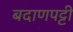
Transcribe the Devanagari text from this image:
बदाणपट्टी